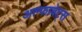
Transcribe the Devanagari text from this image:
अल्फाबेट्स